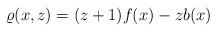
LaTeX: \begin{align*}\varrho(x, z)=(z+1)f(x)-zb(x)\end{align*}